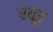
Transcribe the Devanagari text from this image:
रयूड